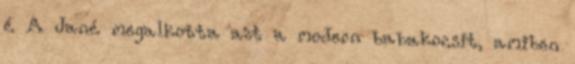
é A Jané megalkotta azt a modern babakocsit, amiben